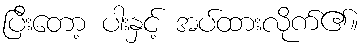
ပြီးတော့ ပါးနှင့် အပ်ထားလိုက်၏။